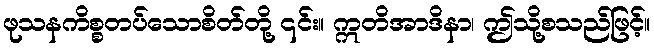
ဖုသနကိစ္စတပ်သောစိတ်တို့ ၎င်း။ ဣတိအာဒိနာ၊ ဤသို့စသည်ဖြင့်။